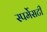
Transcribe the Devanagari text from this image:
स्पर्मेसटी